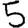
Digit: 5